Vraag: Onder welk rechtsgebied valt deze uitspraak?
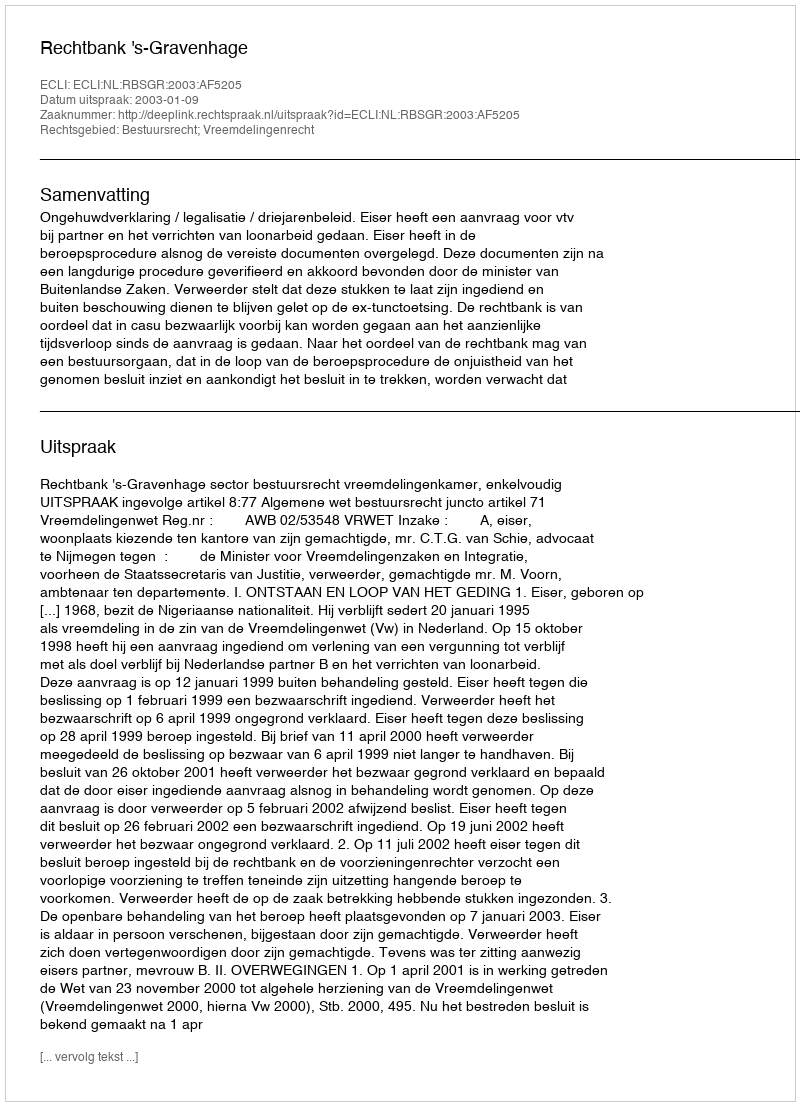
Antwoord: Bestuursrecht; Vreemdelingenrecht